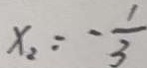
x _ { 2 } = - \frac { 1 } { 3 }